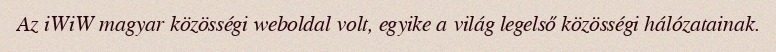
Az iWiW magyar közösségi weboldal volt, egyike a világ legelső közösségi hálózatainak.